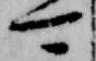
可